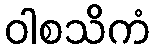
ဝါစသိကံ